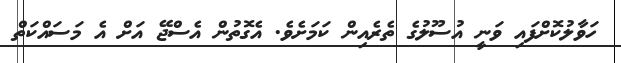
ހަވާލުކޮށްފައި ވަނީ އުސޫލުގެ ތެރެއިން ކަމަށެވެ. އެގޮތުން އެސްޖޭ އަށް އެ މަސައްކަތް